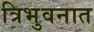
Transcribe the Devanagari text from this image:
त्रिभुवनात